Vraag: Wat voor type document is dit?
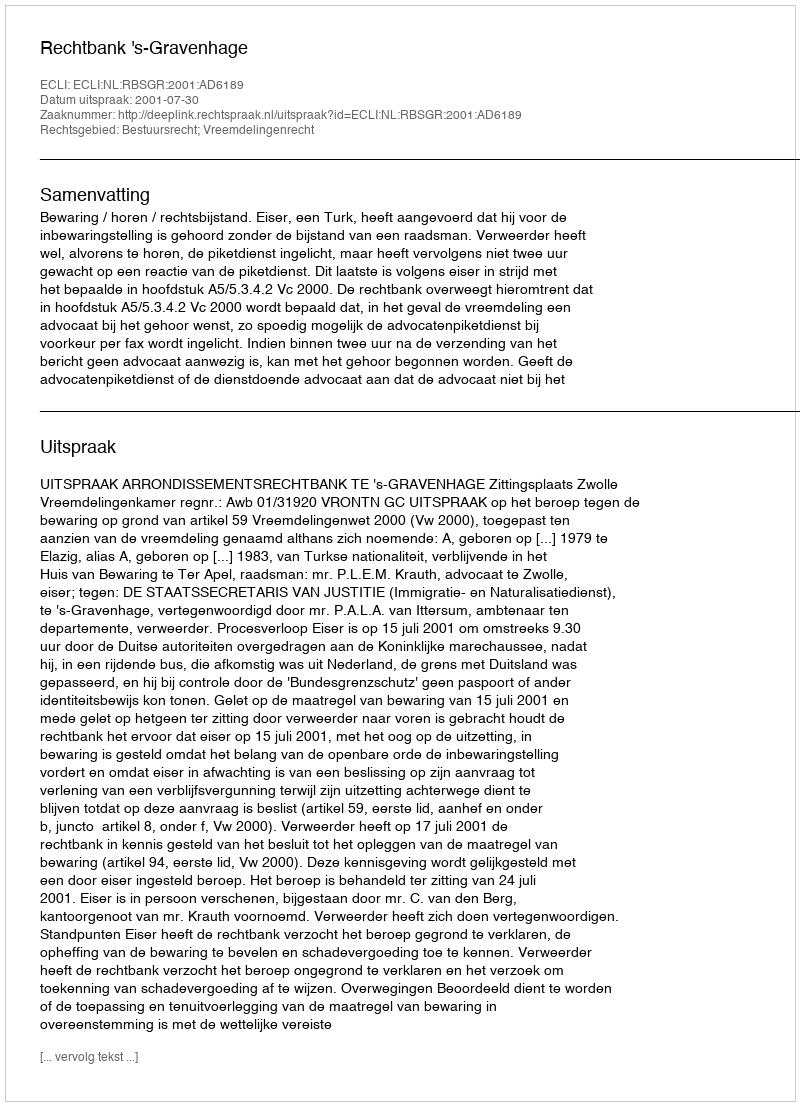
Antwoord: Uitspraak